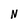
Character: N